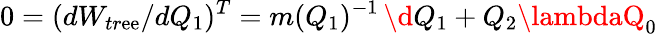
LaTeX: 0=(dW_{tr\mathrm{e}\mathrm{e}}/dQ_{1})^{T}=m(Q_{1})^{-1}\, \d{Q}_{1}+Q_{2}\lambdaQ_{0}